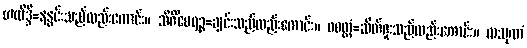
ဟလိဒ္ဒိ=နနွင်းသည်လည်းကောင်း။ သိင်္ဂီဝေရဉ္စ=ချင်းသည်လည်းကောင်း။ ဝစတ္တံ=ဆိတ်ဖူးသည်လည်းကောင်း။ လသုဏံ